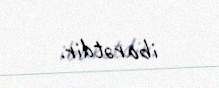
ibarətdir.